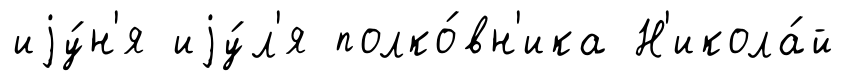
иjу́н'я иjу́л'я полко́вн'ика Н'икола́й